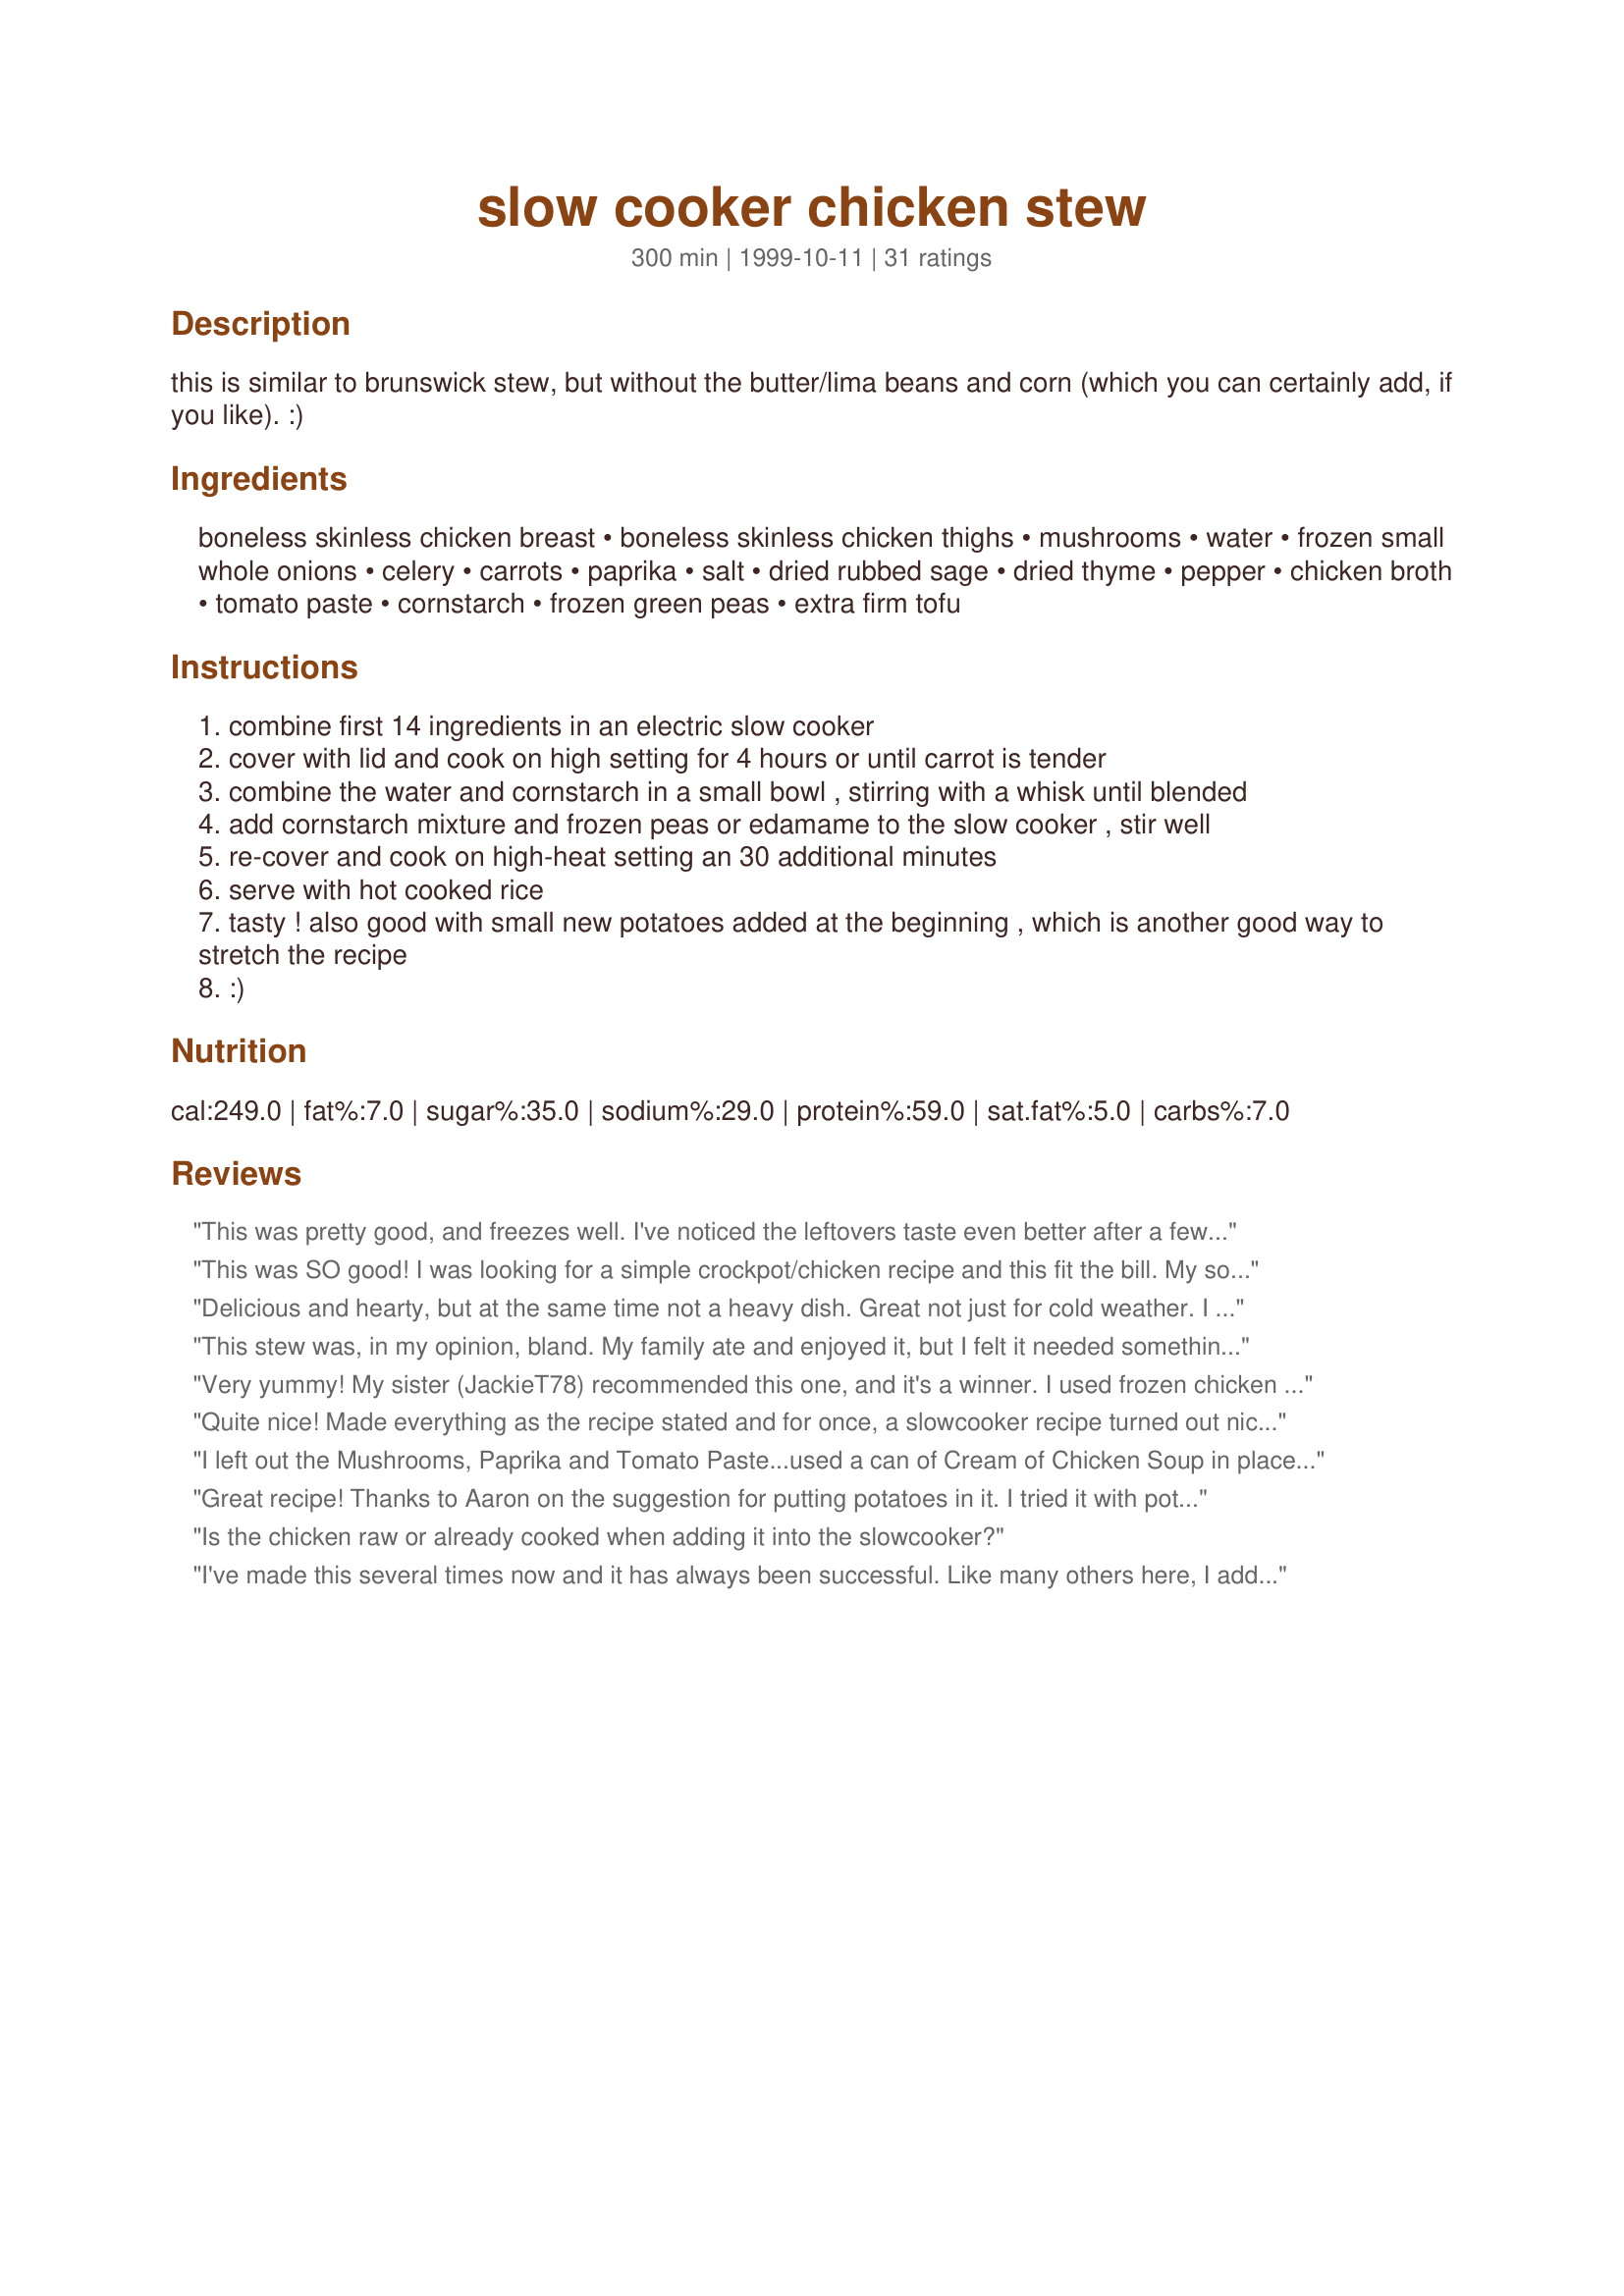
slow cooker chicken stew
Preparation time: 300 minutes

this is similar to brunswick stew, but without the butter/lima beans and corn (which you can certainly add, if you like). :)

Ingredients:
boneless skinless chicken breast, boneless skinless chicken thighs, mushrooms, water, frozen small whole onions, celery, carrots, paprika, salt, dried rubbed sage, dried thyme, pepper, chicken broth, tomato paste, cornstarch, frozen green peas, extra firm tofu

Steps:
combine first 14 ingredients in an electric slow cooker
cover with lid and cook on high setting for 4 hours or until carrot is tender
combine the water and cornstarch in a small bowl , stirring with a whisk until blended
add cornstarch mixture and frozen peas or edamame to the slow cooker , stir well
re-cover and cook on high-heat setting an 30 additional minutes
serve with hot cooked rice
tasty ! also good with small new potatoes added at the beginning , which is another good way to stretch the recipe
:)

Reviews:
This was pretty good, and freezes well. I've noticed the leftovers taste even better after a few days... I do agree with a previous reviewer that it tastes a bit bland, so I added some chopped serrano peppers and a few dashes of Cuban hot sauce to the pot after it was done. That extra spice is just what it needed. Also, try sticking a bay leaf in there with the other ingredients. It seems that this is a great recipe if you tweak it to your own personal liking!
This was SO good! I was looking for a simple crockpot/chicken recipe and this fit the bill. My son helped cut carrots this morning while I assembled everything else. I used frozen boneless, skinless chicken breasts. I just put them in whole and cut them up when I got home. I also used fresh onions, but no celery because I didn't have any. I forgot to thicken it (we were hungry and it smelled great!), but we really like lots of broth with our soup so it was fine. This recipe is a keeper. I think I'll try it with smoked chicken, too.
Delicious and hearty, but at the same time not a heavy dish. Great not just for cold weather.

I agree that it needs more salt, and I'm not a person who salts my food very often.
This stew was, in my opinion, bland. My family ate and enjoyed it, but I felt it needed something to make the flavor sing. All the vegetables and chicken tasted the same. It took every bit of 30 minutes to cut up all the veggies and chicken, but it was nice to have it cook in the crock pot. It was adequate and filling, but not great.
Very yummy! My sister (JackieT78) recommended this one, and it's a winner. I used frozen chicken breasts, so I let it slow cook for 6 hours instead of 4. The only change I made was to use corn and mixed veggies instead of just peas.
Quite nice! Made everything as the recipe stated and for once, a slowcooker recipe turned out nicely for me! I will serve it up with mashed potatoes tonight. I think I will just put one cup peas and one cup green beans next time. I also only cooked it for 3 hours, any longer than that and the chicked would taste like dust. Thank you for the nice recipe.
I left out the Mushrooms, Paprika and Tomato Paste...used a can of Cream of Chicken Soup in place of Tomato Paste...AND used less of the Chicken Broth...used "Bell's" Turkey Seasoning instead of rubbed sage / thyme (about 1 tsp...maybe a little more...use YOUR taste !!!)...used the "chopped" Onion...added some minced Garlic....makes the taste more like a "Chicken Pot Pie" without the Crust !!!
I also served over cooked Pillsbury Refrigerated Biscuits (they call them "Grands") !!! Yummmm!!!
Great recipe! Thanks to Aaron on the suggestion for putting potatoes in it. I tried it with potatoes and it came out wonderful...
Is the chicken raw or already cooked when adding it into the slowcooker?
I've made this several times now and it has always been successful. Like many others here, I add potatoes and omit the tofu. I also recommend adding a lot more salt than is in the recipe (like 5x the amount). The end result is a hearty stew that almost seems French Provencal.
A delightful medley of flavors. My husband says this one is a keeper! The only adjustment I would make in the recipe though is that at the begining it should say 5 hours (30 minutes preparation time, 4 hours + 30 minutes cooking time) instead of 1 hour. I fixed it exactly as recommended. Truly a delicious recipe!
So simple and a hit with the whole family, we liked it just the way it was, we served it over homemade biscuits. Delicous! Maybe next time I will try potatoes in it instead of serving over biscuits or rice.
I had never heard of Brunswick Stew, but was looking for a change from chicken soup or white chili for the winter.This was delicious! It is very hearty, and we didn&#039;t even wait to make rice because it smelled too tempting. I did add the new potatoes and butter beans because we like them. Yummy broth, thick with meat and veggies... it&#039;s a keeper. Thanks for sharing.
A very big hit in my house where my children are very finicky eaters! 
I substituted the 1 lb of chicken thighs and used 3 pounds of chicken breast instead, since I was upping the recipe for 7 people.
I would have preferred it to be a little more spicy, but my kids thought it was great as is.
I also cooked it for eight (8) hours on low, instead of the 4 at high, so I could start it before I left for work.
I also served the leftover portions over rice with much success.
I thought this sounded great but, for our tastes, it was fairly bland and the ingredients just didn't really seem to go well together. I followed the recipe, omitting the optional tofu, using edamame, and adding more salt. Although I'm sorry this didn't work out better for us, many people have very much enjoyed it. Thanks for posting!
You have to wonder about the accuracy of recipes that tell you to cook 1.5 pounds of carrots, and then they say &quot;or until carrot is tender&quot;&lt;br/&gt;&lt;br/&gt;Come on. These things are editable.
It is the perfect comfort food for gray days. I cubed left over turkey instead of using chicken, and the dish came out great. Definately a great way to get rid of left overs!
Excellent Stew. I did not make it in the crock pot because my crockpot is too small. I used bone-in drumsticks and thighs and I added 2 potatoes, 1 can drained butter beans and 1/2 can corn drained and only 1 cup peas. I left out the celery because I forgot to buy it. This has a really nice flavor and goes well with everything. We served with homemade bread one night and had some leftovers with ramen noodles the next day. Thanks!!
I just didnt' enjoy the flavor of this, it seemed rather bland even tho I added a couple good shakes of hot pepper flakes. I didn't like how thick it got after I added the cornstarch mix. I won t make this again.
I did not find this bland, in fact I enjoyed the taste. Had no celery, so I substituted beans. It worked well, Recommended.
Great base recipe, but I followed the other reviews and added three potatoes. Also, this needs way more salt than the recipes says. I doubled the salt, and added two chicken bouillon cubes (I crumbled them up in my fingers before I dropped them in). Also, I added four tablespoons of cornstarch (mixed first with chicken stock), which made it a really nice stew consistency.
Very good! I love the herbs used. I would probably use all chicken thighs next time, as they don&#039;t dry out as much as the breasts. I also added more salt to meet my tastes. Potatoes would be an excellent addition.
I made this yesterday, a cool day that felt like fall was in the air. This dish has great flavor, great comfort food for those colder days. I added a few cubed potatoes and served with fresh, warm bread. We like it a little thicker, so I added a little extra cornstarch as well. Overall, a great recipe. As my husband & I like to say - it's a make again!
I made this using all chicken breast rather than thighs, cooked on low for 8 hours and added some brown minute rice the last 30 minutes to soak up some of the liquid as my kids don't like soups/stews real well. I should have added the carrots later in the cooking time as suggested, as they got mushy. I would agree with other reviewers that it is a little bland. The chicken was also dry, but this could be because I increased the cooking time. I don't think I will make this again unless I make some big changes.
This was a bit hit at my house with 3 out of 4 of us. I couldn&#039;t find my sage at the last minute, so substituted Moroccan seasoning instead (cinnamon, cumin, coriander, black &amp; white pepper, paprika and turmeric). No tofu or edamame here. It turned out wonderful! Hubby definitely liked it and wants it again. It is just as good as a leftover, not that there was a lot of it left. It cooked for 8 hrs on low.
So tasty chicken stew!!! Just 2 hours (this time was enough for my Redmond multi cooker) and perfect winter dinner is ready! Thank you for one more nice recipe!
Cooked this for dinner today. Used potato like others suggested, and mashed the potatoes before serve to thicken up the soup. Added olives it gives a great kick in the dish. Love this recipe, very easy and delicious.
very good recipe
As a guy who is not very well acclimated with the kitchen, and afraid of making something truly horrendous ? this was an excellent recipe for me to build some confidence with.
I dropped the tofu
Increased the chicken broth and water amount (3 cup water ? 4 cup broth)
And a little more of the other stuff
Wow ? was this an excellent recipe ? I saved left overs in mason jars with my food saver and had dinner for several days. Added some brown rice ? was exactly what I was wanting to make.
Tastes great! It had a little too much meat for us, so next time I'm going to put more vegetables in, and see what it tastes like with potatoes.
I made this over the weekend and really enjoyed it. I cut the chicken to one pound of breast meat and it was plenty. I used baby carrots and left out the tofu. I added some choppes red potatoes. The only thing I would do a little differently next time is not add the carrots at the same time as the potatoes and meat as they got a little overdone. I didn't need to cook the dish very long. I think I ended up cooking this on low for about 3 hours and then high for about 1 hour.
